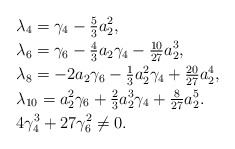
\begin{align*}&\lambda_4 = \gamma_4 - \tfrac{5}{3} a_2^2,\\&\lambda_6 = \gamma_6 - \tfrac{4}{3}a_2 \gamma_4 - \tfrac{10}{27} a_2^3, \\&\lambda_8 = -2a_2 \gamma_6 - \tfrac{1}{3} a_2^2 \gamma_4 + \tfrac{20}{27} a_2^4,\\&\lambda_{10} = a_2^2 \gamma_6 + \tfrac{2}{3} a_2^3 \gamma_4 + \tfrac{8}{27}a_2^5.\\& 4\gamma_4^3+27 \gamma_6^2 \neq 0.\end{align*}